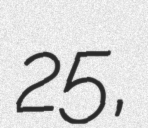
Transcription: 25,